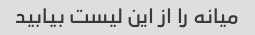
میانه را از این لیست بیابید